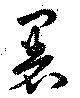
署